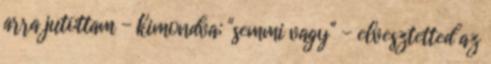
arra jutottam - kimondva; "semmi vagy" - elvesztetted az